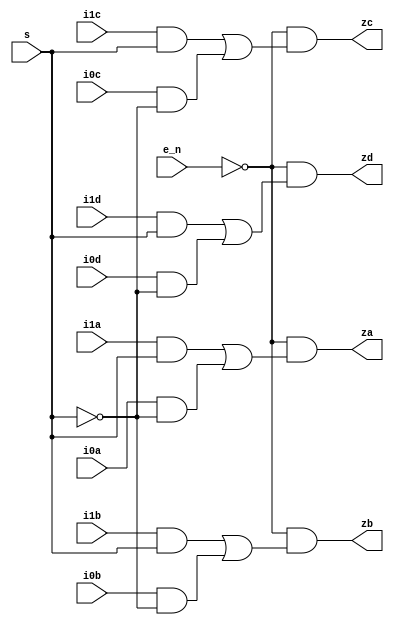
`timescale 1ns / 1ps
//////////////////////////////////////////////////////////////////////////////////
// Company: 
// Engineer: 
// 
// Design Name: 
// Module Name: ic_74157
// Project Name: 
// Target Devices: 
// Tool Versions: 
// Description: 
// 
// Dependencies: 
// 
// Revision:
// Revision 0.01 - File Created
// Additional Comments:
// Instantiation:
//    ic_74157( .i0a(), .i1a(), .za(), .i0b(), .i1b(), .zb(), .i0c(), .i1c(),
//              .zc(), .i0d(), .i1d(), .zd(), .e_n(), .s() );
// 
//////////////////////////////////////////////////////////////////////////////////


module ic_74157(
    input i0a,
    input i1a,
    output za,
    input i0b,
    input i1b,
    output zb,
    input i0c,
    input i1c,
    output zc,
    input i0d,
    input i1d,
    output zd,
    input e_n,
    input s
    );
    
    assign za = (~e_n) & ((i1a & s) | (i0a & ~s));
    assign zb = (~e_n) & ((i1b & s) | (i0b & ~s));
    assign zc = (~e_n) & ((i1c & s) | (i0c & ~s));
    assign zd = (~e_n) & ((i1d & s) | (i0d & ~s));
    
    
endmodule